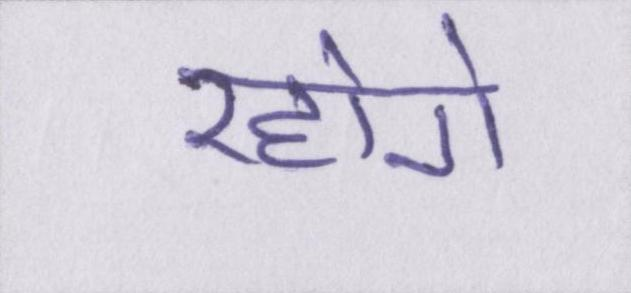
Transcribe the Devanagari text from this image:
रहोगे